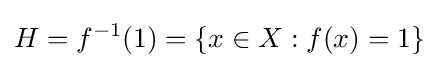
H=f^{-1}(1)=\{x\in X:f(x)=1\}